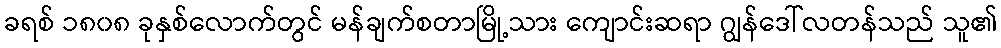
ခရစ် ၁၈၀၈ ခုနှစ်လောက်တွင် မန်ချက်စတာမြို့သား ကျောင်းဆရာ ဂျွန်ဒေါ်လတန်သည် သူ၏